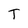
Character: T